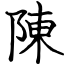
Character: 陳